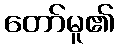
တော်မူ၏